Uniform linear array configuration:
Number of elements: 8
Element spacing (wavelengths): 0.25
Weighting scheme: blackman
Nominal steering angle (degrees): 45
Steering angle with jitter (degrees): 45.046
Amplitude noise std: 0.05
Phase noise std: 0.05

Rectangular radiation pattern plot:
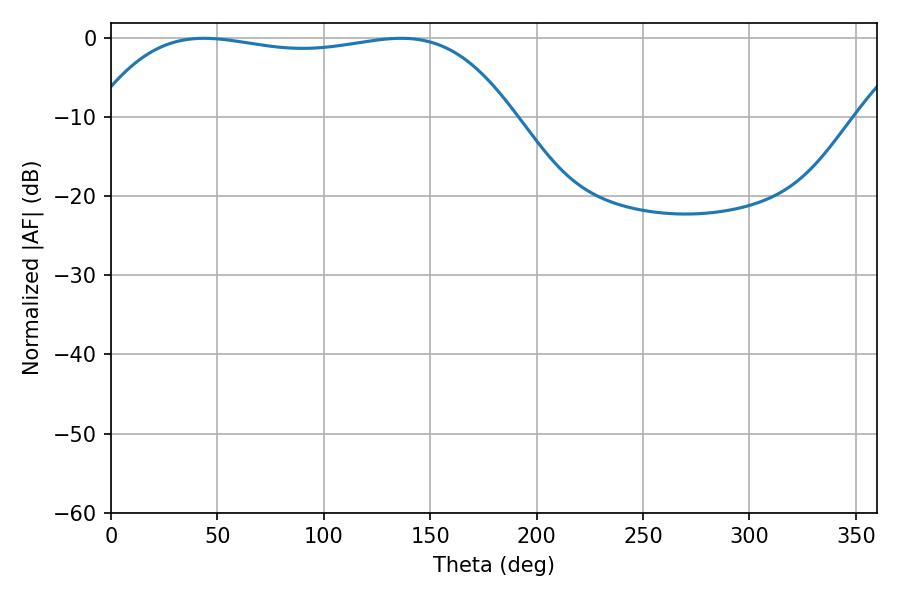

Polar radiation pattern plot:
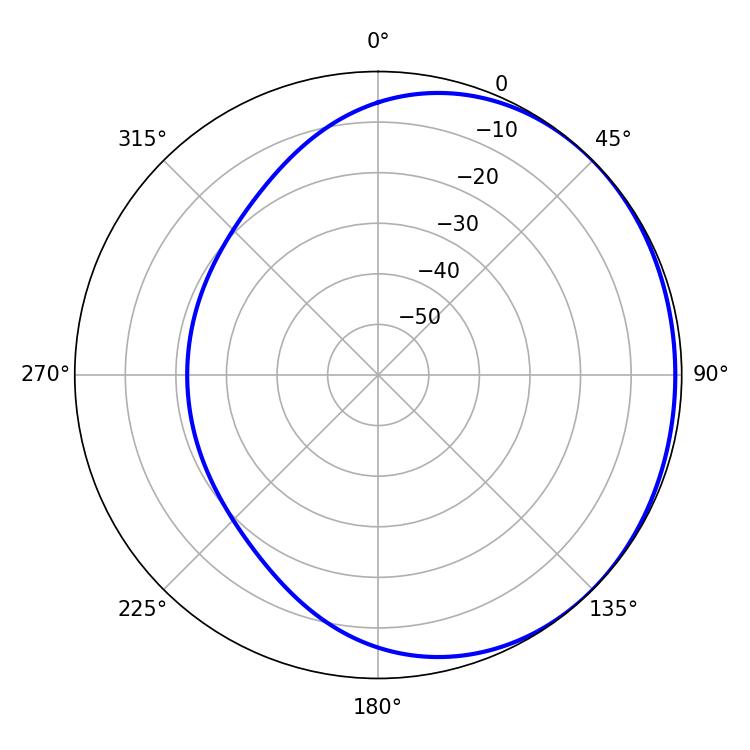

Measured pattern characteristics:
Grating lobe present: FALSE
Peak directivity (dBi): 0.7988
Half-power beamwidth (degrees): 155.88
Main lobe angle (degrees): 43.74